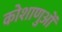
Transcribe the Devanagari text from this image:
कोशाणुओं